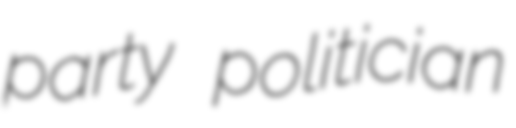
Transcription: party politician